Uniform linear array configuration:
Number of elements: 16
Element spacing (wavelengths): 0.25
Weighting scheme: kaiser
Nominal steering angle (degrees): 0
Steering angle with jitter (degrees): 1.582
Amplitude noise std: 0.05
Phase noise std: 0.05

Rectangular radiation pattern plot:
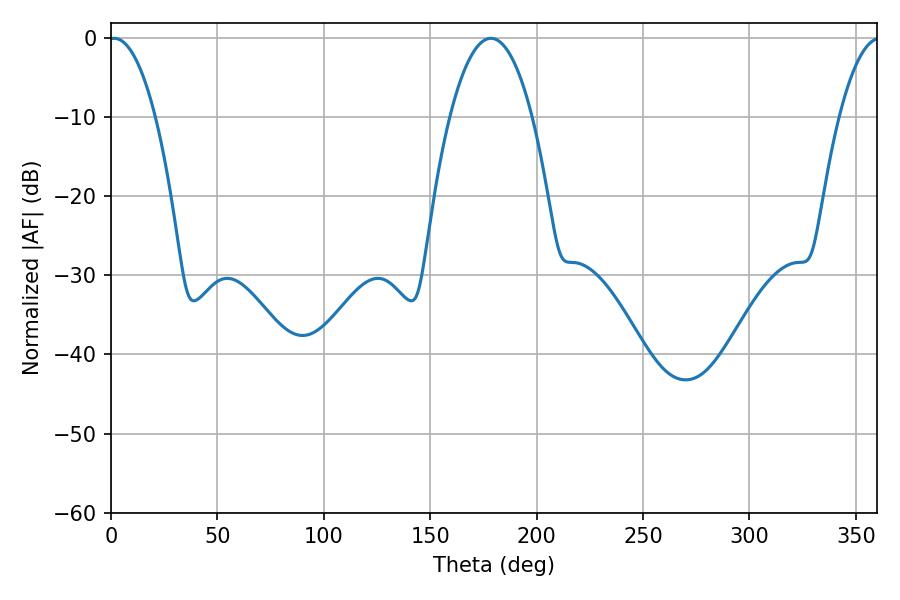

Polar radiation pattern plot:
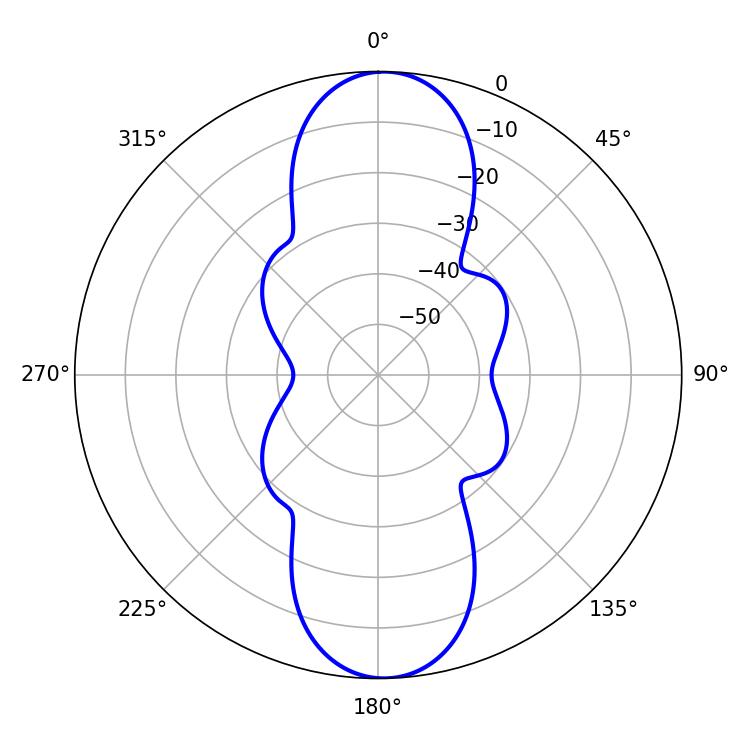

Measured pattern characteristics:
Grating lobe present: FALSE
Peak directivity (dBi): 19.955
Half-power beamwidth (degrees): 12.24
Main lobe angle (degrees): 1.44